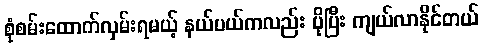
စုံစမ်းထောက်လှမ်းရမယ့် နယ်ပယ်ကလည်း ပိုပြီး ကျယ်လာနိုင်တယ်